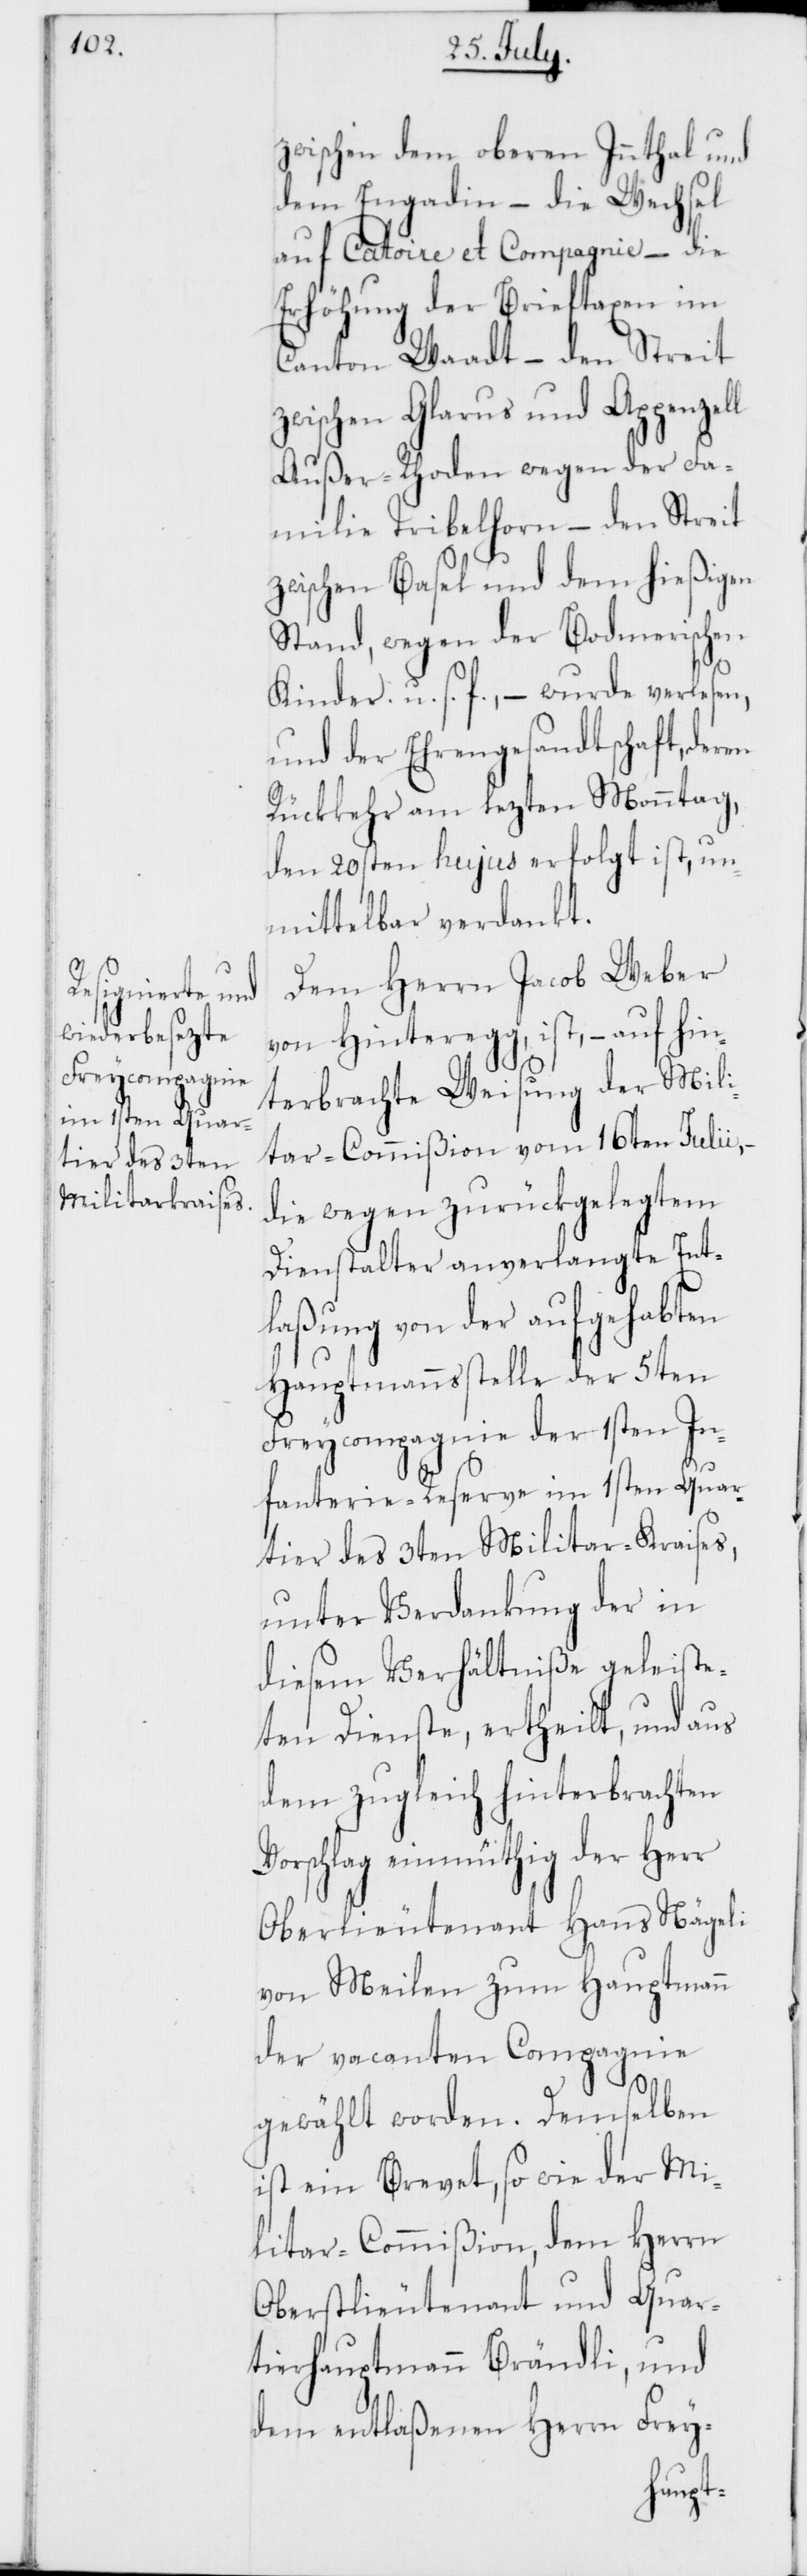
zwischen dem oberen Innthal und
dem Engadin – die Wechsel
auf Catoire et Compagnie – die
Erhöhung der Brieftaxen im
Canton Waadt – den Streit
zwischen Glarus und Appenzell
Außer-Rhoden wegen der Fa¬
milie Tribelhorn – den Streit
zwischen Basel und dem hießigen
Stand, wegen der Bodmerischen
Kinder. u. s. f., – wurde verlesen,
und der Ehrengesandtschaft, deren
Rückkehr am lezten Monntag
den 20sten hujus erfolgt ist, un¬
mittelbar verdankt.
Dem Herrn Jacob Weber
von Hinteregg, ist, – auf hin¬
terbrachte Weisung der Mili¬
tar-Commißion vom 16ten Julii, –
die wegen zurückgelegtem
Dienstalter anverlangte Ent¬
laßung von der aufgehabten
Hauptmannßtelle der 5ten
Freycompagnie der 1sten In¬
fanterie-Reserve im 1sten Quar¬
tier des 3ten Militar-Kraises,
unter Verdankung der in
diesem Verhältniß geleiste¬
ten Dienste, ertheilt, und aus
dem zugleich hinterbrachten
Vorschlag einmüthig der Herr
Oberlieutenant Hans Nägeli
von Meilen zum Hauptmann
der vacanten Compagnie
gewählt worden. Demselben
ist ein Brevet so wie der Mi¬
litar-Commißion, dem Herrn
Oberstlieutenant und Quar¬
tierhauptmann Brändli, und
dem entlaßenen Herrn Frey-